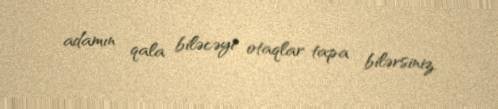
adamın qala biləcəyi otaqlar tapa bilərsiniz.